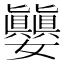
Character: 𪦵